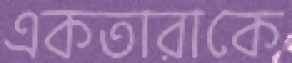
একতারাকে